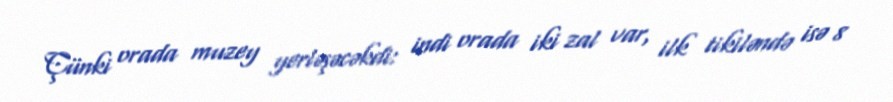
Çünki orada muzey yerləşəcəkdi: indi orada iki zal var, ilk tikiləndə isə 8